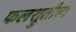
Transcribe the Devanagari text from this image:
फलश्रुतीचा